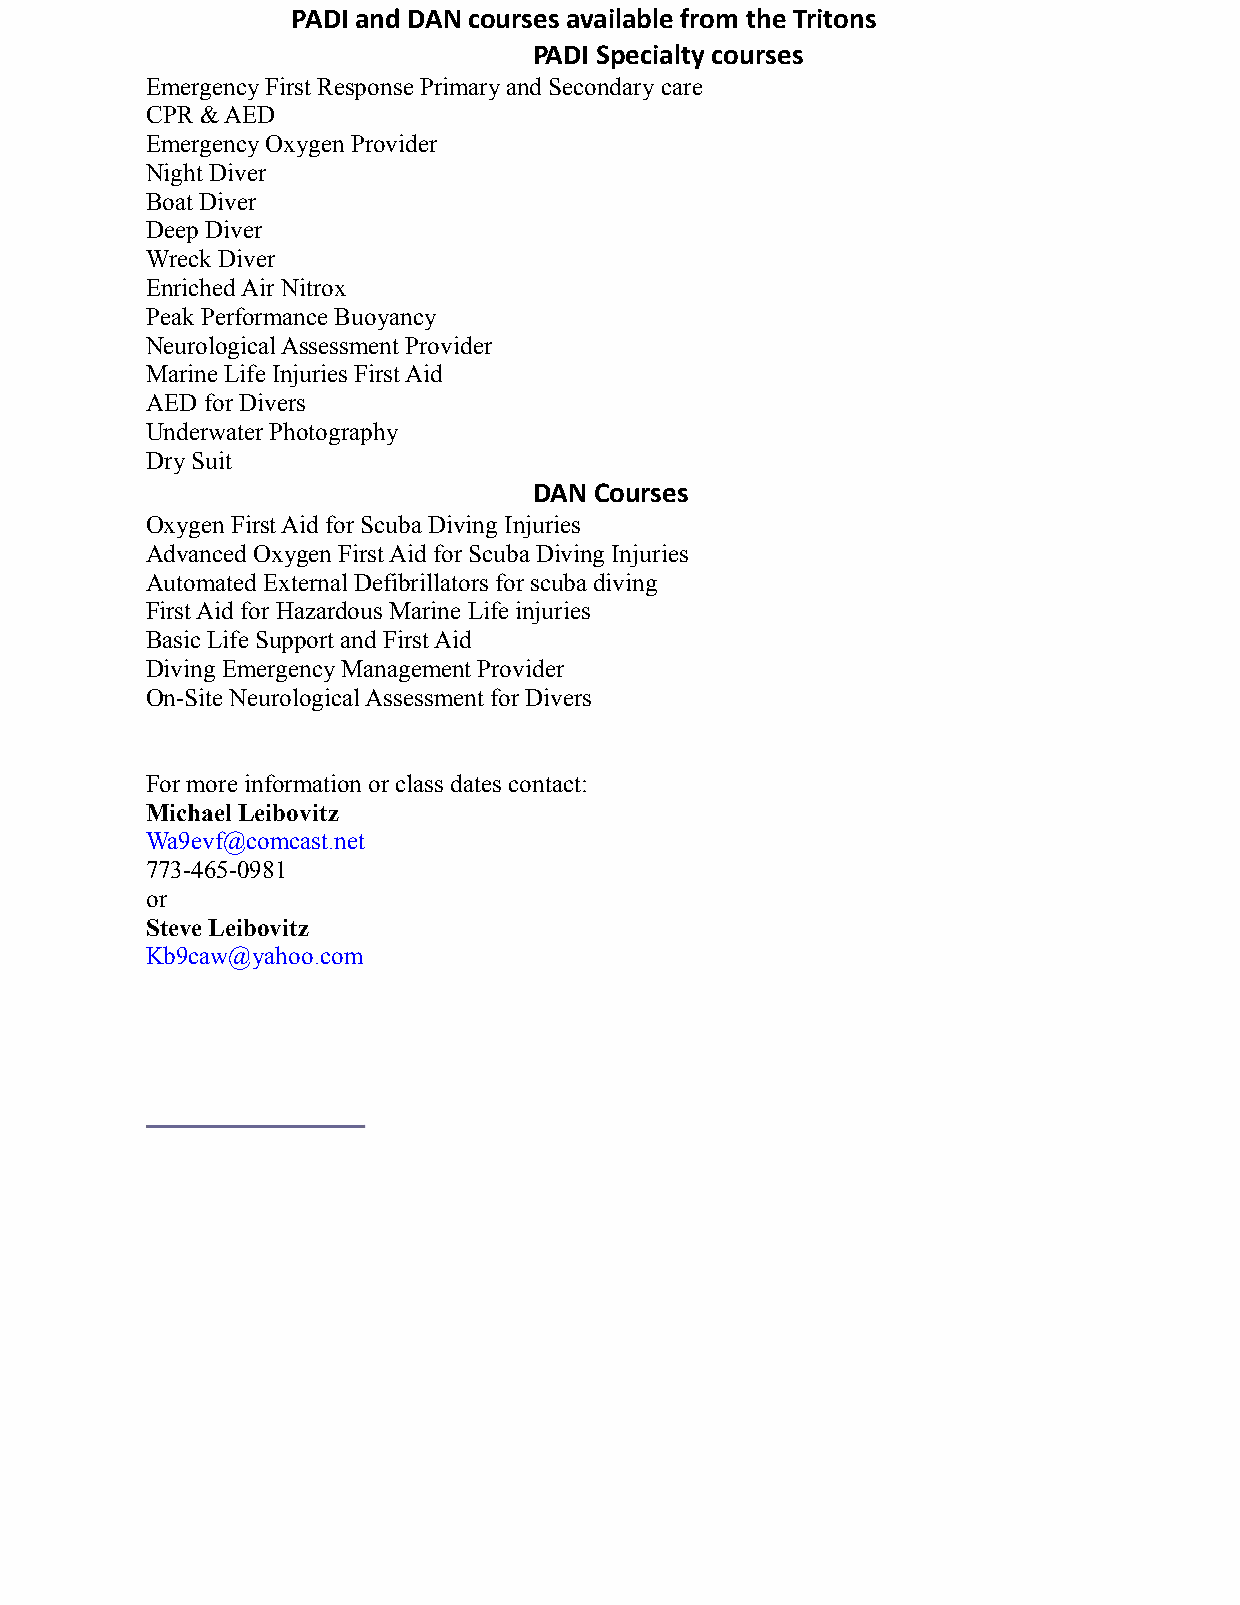
PADI and DAN courses available from the Tritons
 PADI Specialty courses
 Emergency First Response Primary and Secondary care
 CPR & AED
 Emergency Oxygen Provider
 Night Diver
 Boat Diver
 Deep Diver
 Wreck Diver
 Enriched Air Nitrox
 Peak Performance Buoyancy
 Neurological Assessment Provider
 Marine Life Injuries First Aid
 AED for Divers
 Underwater Photography
 Dry Suit
 DAN Courses
 Oxygen First Aid for Scuba Diving Injuries
 Advanced Oxygen First Aid for Scuba Diving Injuries
 Automated External Defibrillators for scuba diving
 First Aid for Hazardous Marine Life injuries
 Basic Life Support and First Aid
 Diving Emergency Management Provider
 On-Site Neurological Assessment for Divers
 For more information or class dates contact:
 Michael Leibovitz
 Wa9evf@comcast.net
 773-465-0981
 or
 Steve Leibovitz
 Kb9caw@yahoo.com